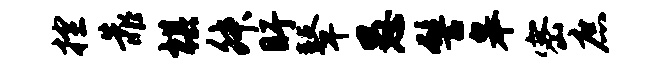
控靠棋舛盱鼙愚髻皋密庶